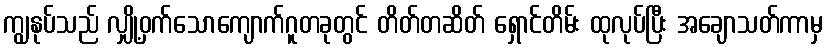
ကျွနုပ်သည် လျှို့ဝှက်သောကျောက်ဂူတခုတွင် တိတ်တဆိတ် ရှောင်တိမ်း ထုလုပ်ပြီး အချောသတ်ကာမှ